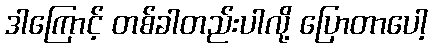
ဒါကြောင့် တစ်ခါတည်းပါလို့ ပြောတာပေါ့